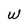
Character: W